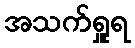
အသက်ရှူရ